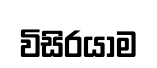
විසිරයාම